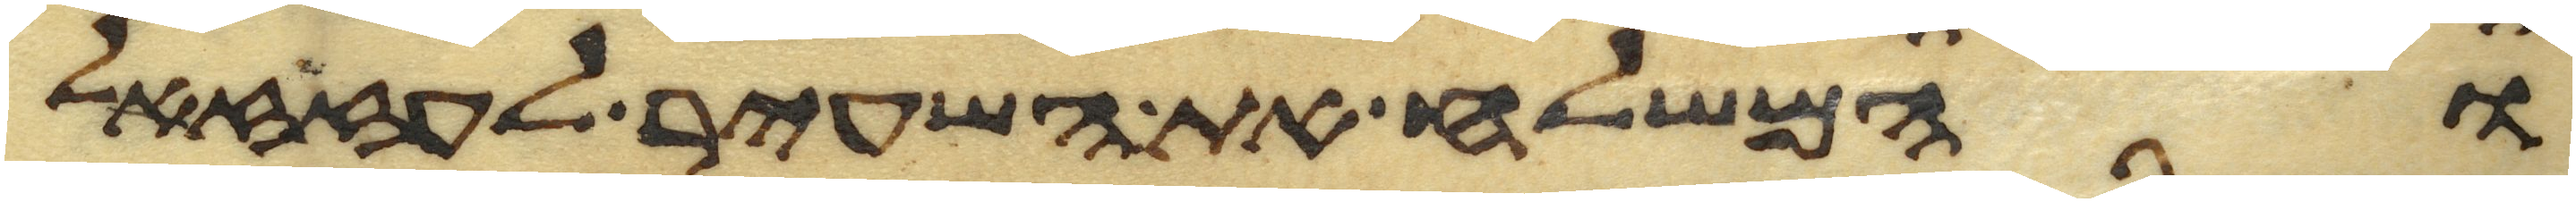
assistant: והמשלח את השעיר לעזזאל